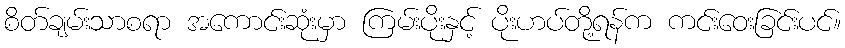
စိတ်ချမ်းသာစရာ အကောင်းဆုံးမှာ ကြမ်းပိုးနှင့် ပိုးဟပ်တို့ရန်က ကင်းဝေးခြင်းပင်။